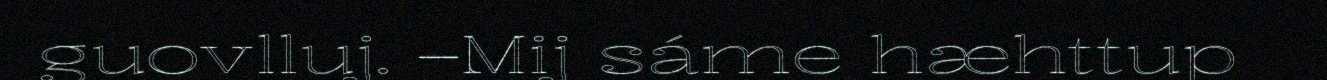
guovlluj. –Mij sáme hæhttup